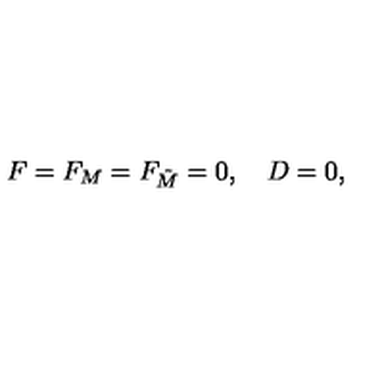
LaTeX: F = F _ { M } = F _ { \tilde { M } } = 0 , \quad D = 0 ,